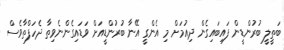
ބަތީލީ ބުރުންޑީން ފައިބައިގެން ދިއުމަށް މި އެންގީ އޭނާ ބުރުންޑީއަށް ވަޑައިގެންނެވިތާ ދެހަފްތާވެސް